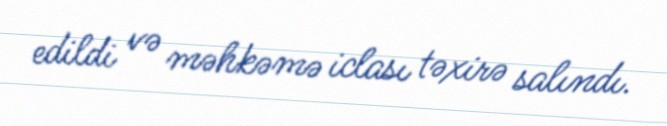
edildi və məhkəmə iclası təxirə salındı.